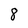
Character: 8